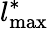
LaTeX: l_{\mathrm{max}}^{\ast}